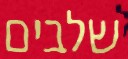
שלבים